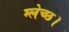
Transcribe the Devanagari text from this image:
म्लेच्छ।